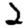
Digit: 2